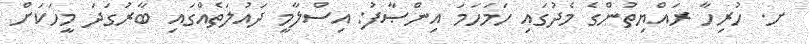
ށ. ހުރިހާ ރައްޔިތުންގެ މެދުގައި ހަމަހަމަ އިންޞާފު: އިސްލާމީ ދައުލަތެއްގައި ބާރުގަދަ މީހަކަށް